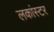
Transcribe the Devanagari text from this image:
लकांस्टर